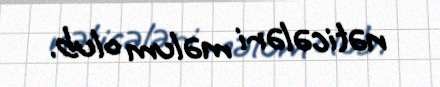
nəticələri məlum olub.